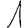
Digit: 1